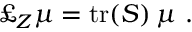
\pounds _ { Z } \mu = { \mathrm { t r } } ( S ) \, \mu \ .